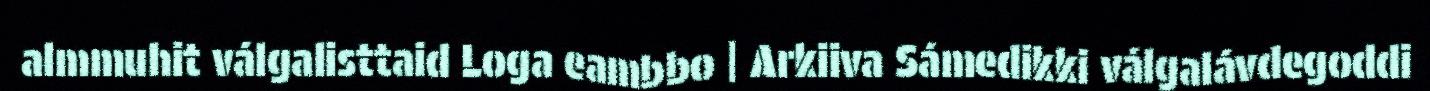
almmuhit válgalisttaid Loga eambbo | Arkiiva Sámedikki válgalávdegoddi